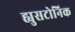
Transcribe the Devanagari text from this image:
ह्युसटोनिक